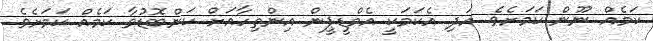
ކަމެއް ނޫން ކަމަށެވެ. އަދި އެކަމަކީ އެމްޑީޕީން އިންތިހާއަށް ކަންބޮޑުވާ ކަމެއް ކަމަށެވެ.